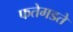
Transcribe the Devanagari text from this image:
फतेगडते